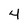
Character: 4